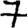
Digit: 7